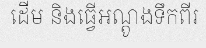
ដើម និងធ្វើអណ្តូងទឹកពីរ